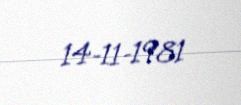
14-11-1981